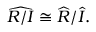
{ \widehat { R / I } } \cong { \widehat { R } } / { \widehat { I } } .